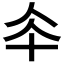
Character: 𠦍